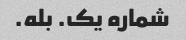
شماره یک. بله.